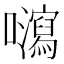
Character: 𡄽